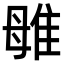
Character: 𨾥